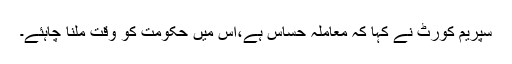
سپریم کورٹ نے کہا کہ معاملہ حساس ہے،اس میں حکومت کو وقت ملنا چاہئے۔